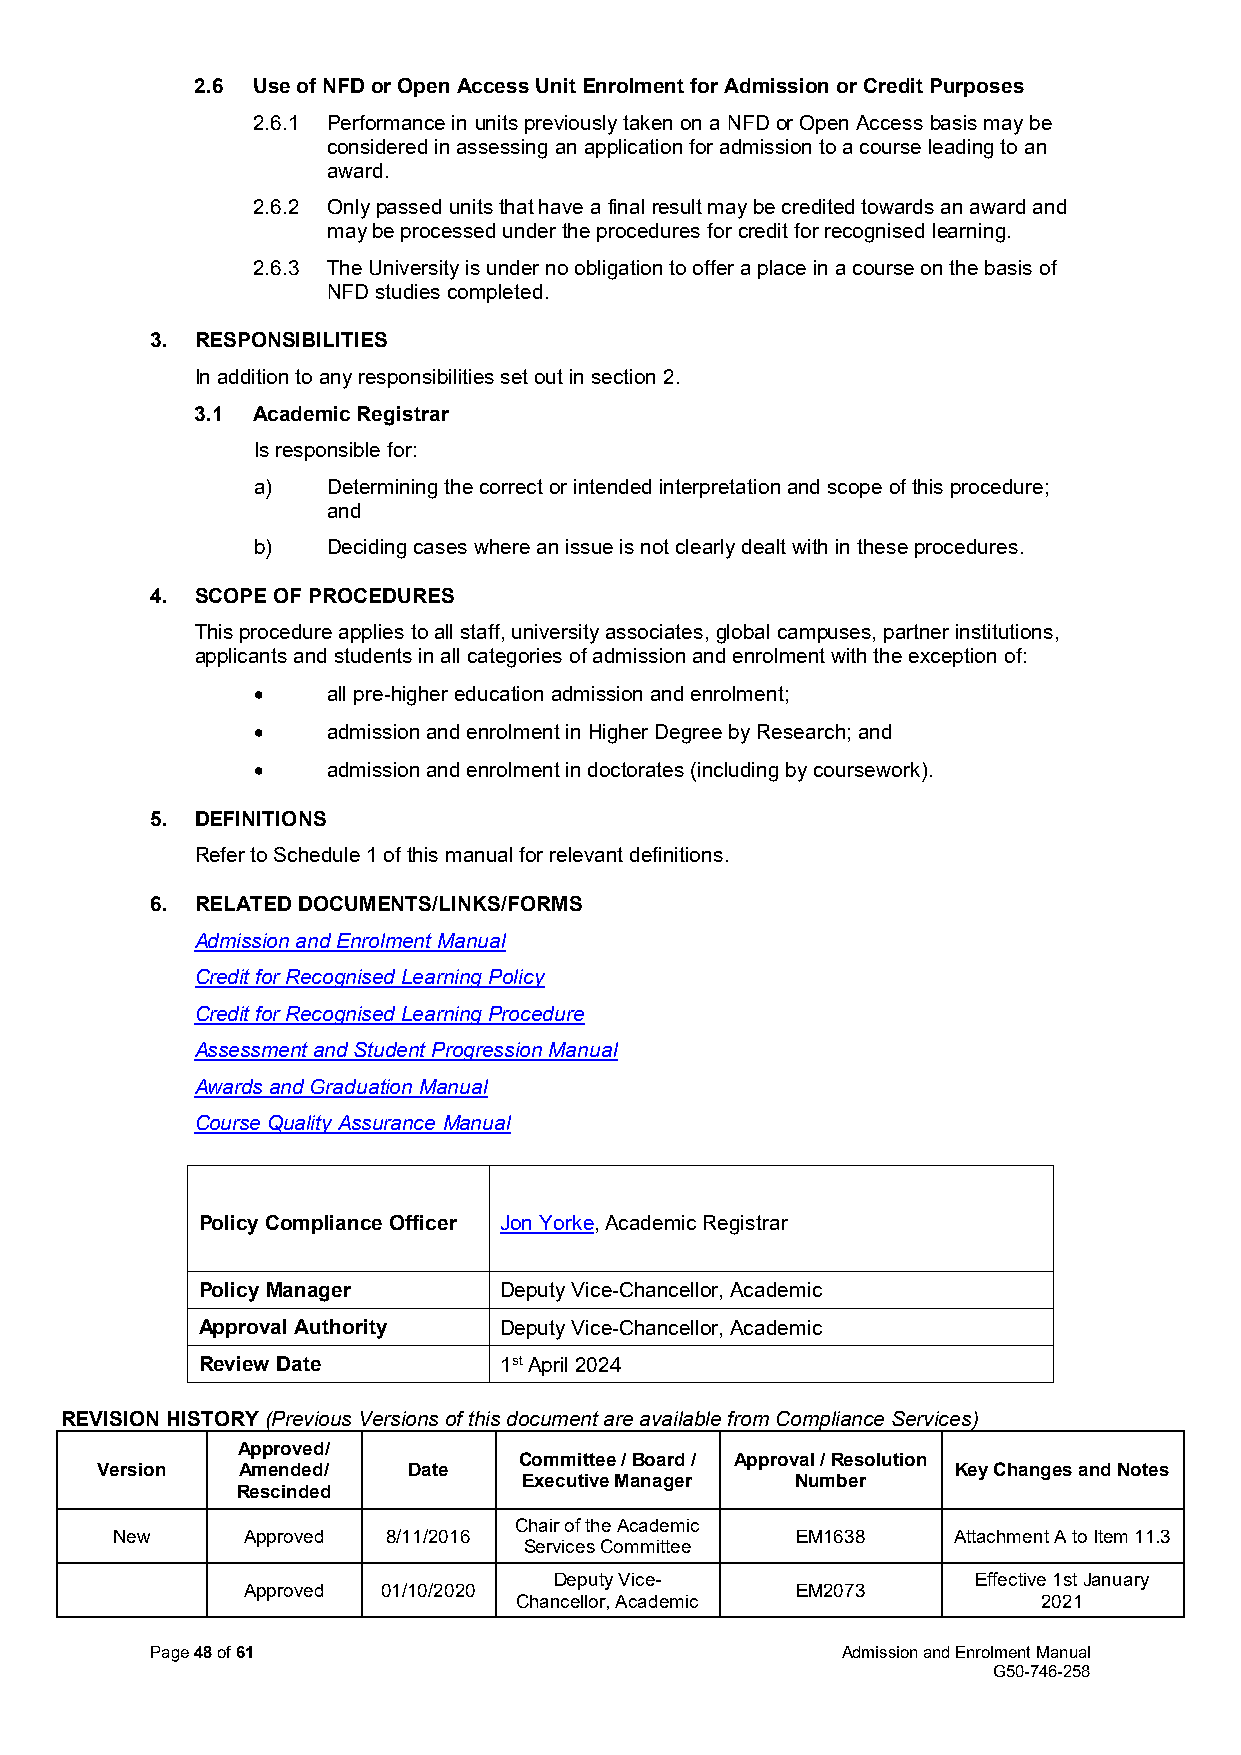
2.6 Use of NFD or Open Access Unit Enrolment for Admission or Credit Purposes
 2.6.1 Performance in units previously taken on a NFD or Open Access basis may be
 considered in assessing an application for admission to a course leading to an
 award.
 2.6.2 Only passed units that have a final result may be credited towards an award and
 may be processed under the procedures for credit for recognised learning.
 2.6.3 The University is under no obligation to offer a place in a course on the basis of
 NFD studies completed.
 3. RESPONSIBILITIES
 In addition to any responsibilities set out in section 2.
 3.1 Academic Registrar
 Is responsible for:
 a)   Determining the correct or intended interpretation and scope of this procedure;
 and
 b)   Deciding cases where an issue is not clearly dealt with in these procedures.
 4. SCOPE OF PROCEDURES
 This procedure applies to all staff, university associates, global campuses, partner institutions,
 applicants and students in all categories of admission and enrolment with the exception of:
 •    all pre-higher education admission and enrolment;
 •    admission and enrolment in Higher Degree by Research; and
 •    admission and enrolment in doctorates (including by coursework).
 5. DEFINITIONS
 Refer to Schedule 1 of this manual for relevant definitions.
 6. RELATED DOCUMENTS/LINKS/FORMS
 Admission and Enrolment Manual
 Credit for Recognised Learning Policy
 Credit for Recognised Learning Procedure
 Assessment and Student Progression Manual
 Awards and Graduation Manual
 Course Quality Assurance Manual
 Policy Compliance Officer Jon Yorke, Academic Registrar
 Policy Manager      Deputy Vice-Chancellor, Academic
 Approval Authority  Deputy Vice-Chancellor, Academic
 Review Date         1st April 2024
 REVISION HISTORY (Previous Versions of this document are available from Compliance Services)
 Approved/
 Committee / Board / Approval / Resolution
 Version   Amended/   Date                                Key Changes and Notes
 Executive Manager Number
 Rescinded
 Chair of the Academic
 New      Approved  8/11/2016                  EM1638    Attachment A to Item 11.3
 Services Committee
 Deputy Vice-                Effective 1st January
 Approved 01/10/2020                  EM2073
 Chancellor, Academic               2021
 Page 48 of 61                                 Admission and Enrolment Manual
 G50-746-258